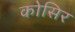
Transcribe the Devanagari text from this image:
कोसिर